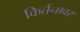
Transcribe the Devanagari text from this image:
किर्तनावर